65_HS1-834228961_62-HQ-83894_Section_4
Agency: FBI
Page 198
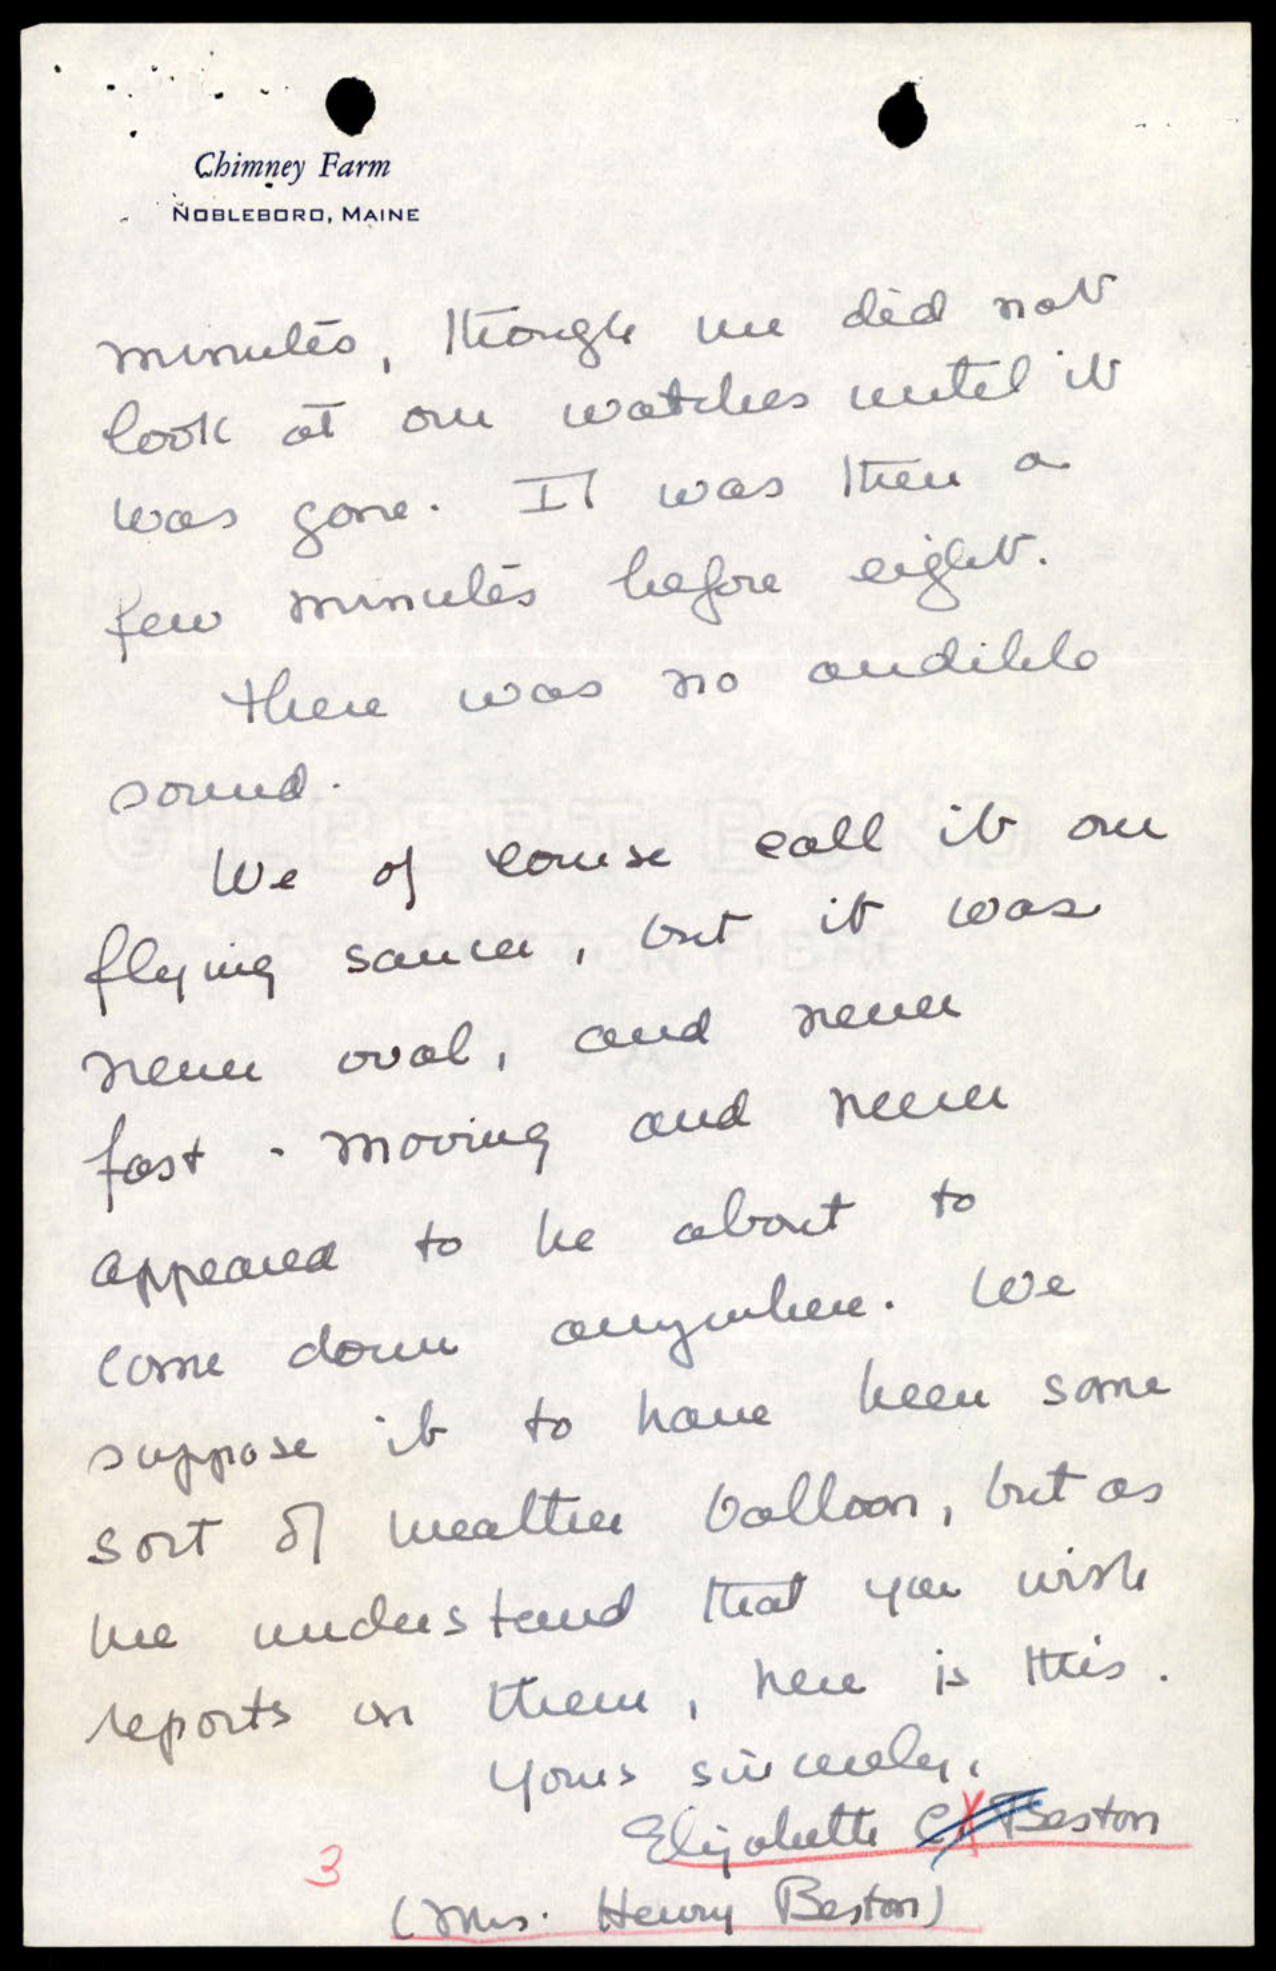